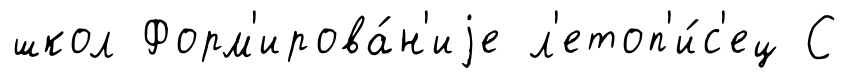
школ Форм'ирова́н'иjе л'етоп'и́с'ец С